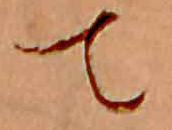
て